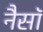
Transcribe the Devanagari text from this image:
नैसॉ